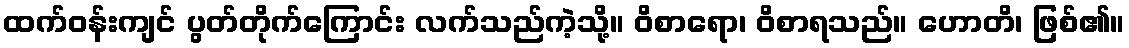
ထက်ဝန်းကျင် ပွတ်တိုက်ကြောင်း လက်သည်ကဲ့သို့။ ဝိစာရော၊ ဝိစာရသည်။ ဟောတိ၊ ဖြစ်၏။